Madras plague regulations and rules - Volume 2
Disease focus: Plague
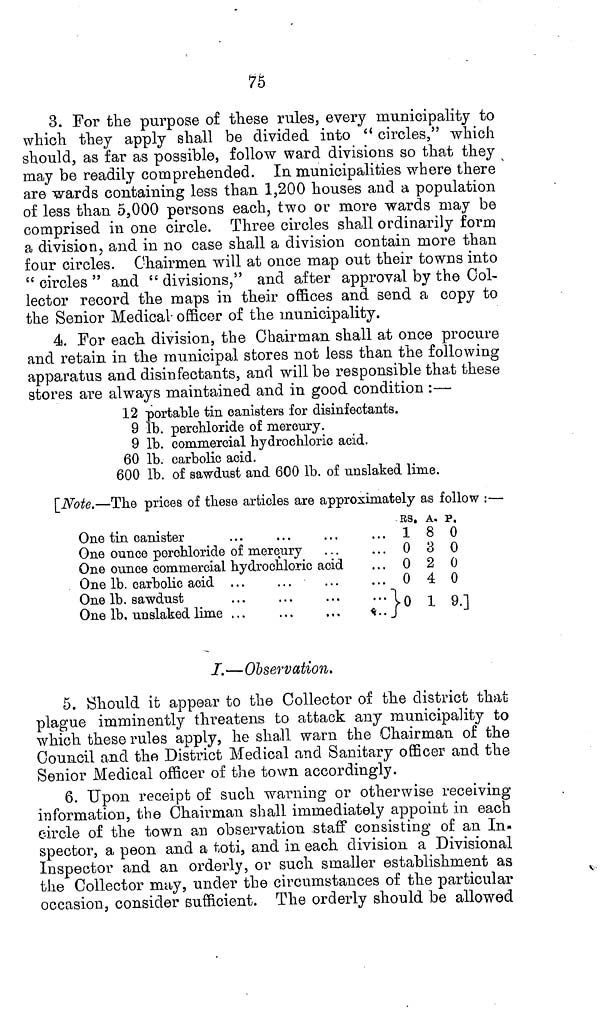
75
3. For the purpose of these rules, every municipality to
which they apply shall be divided into " circles," which
should, as far as possible, follow ward divisions so that they
may be readily comprehended. In municipalities where there
are wards containing less than 1,200 houses and a population
of less than 5,000 persons each, two or more wards may be
comprised in one circle. Three circles shall ordinarily form
a division, and in no case shall a division contain more than
four circles. Chairmen will at once map out their towns into
" circles " and " divisions," and after approval by the Col-
lector record the maps in their offices and send a copy to
the Senior Medical officer of the municipality.
4. For each division, the Chairman shall at once procure
and retain in the municipal stores not less than the following
apparatus and disinfectants, and will be responsible that these
stores are always maintained and in good condition :—
12 portable tin canisters for disinfectants.
9 lb. perhloride of mercury.
9 lb. commercial hydrochloric acid.
60 lb. carbolic acid.
600 lb. of sawdust and 600 lb. of unslaked lime.
[Note.—The prices of these articles are approximately as follow :—
One tin canister
One ounce perchloride of mercury
One ounce commercial hydrochloric acid
One lb. carbolic acid ...
One lb. sawdust
One lb. unslaked lime ...
RS.
1
0
0
0
}0
A.
8
3
2
4
1
p.
0
0
0
0
9.]
I.—Observation.
5. Should it appear to the Collector of the district that
plague imminently threatens to attack any municipality to
which these rules apply, he shall warn the Chairman of the
Council and the District Medical and Sanitary officer and the
Senior Medical officer of the town accordingly.
6. Upon receipt of such warning or otherwise receiving
information, the Chairman shall immediately appoint in each
circle of the town an observation staff consisting of an In-
spector, a peon and a toti, and in each division a Divisional
Inspector and an orderly, or such smaller establishment as
the Collector may, under the circumstances of the particular
occasion, consider sufficient. The orderly should be allowed